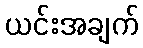
ယင်းအချက်